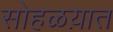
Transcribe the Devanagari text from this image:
सोहळय़ात